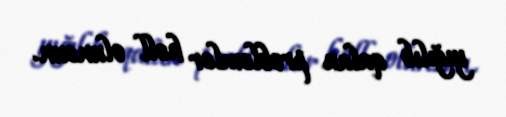
yığılıb qalan problemlər həll olunsun.